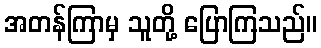
အတန်ကြာမှ သူတို့ ပြောကြသည်။